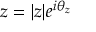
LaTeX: z = | z | e ^ { i \theta _ { z } }